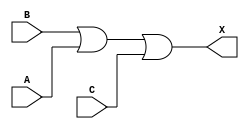
module sky130_fd_sc_hvl__or3 (
    X,
    A,
    B,
    C
);

    // Module ports
    output X;
    input  A;
    input  B;
    input  C;

    // Module supplies
    supply1 VPWR;
    supply0 VGND;
    supply1 VPB ;
    supply0 VNB ;

    // Local signals
    wire or0_out_X;

    //  Name  Output     Other arguments
    or  or0  (or0_out_X, B, A, C        );
    buf buf0 (X        , or0_out_X      );

endmodule